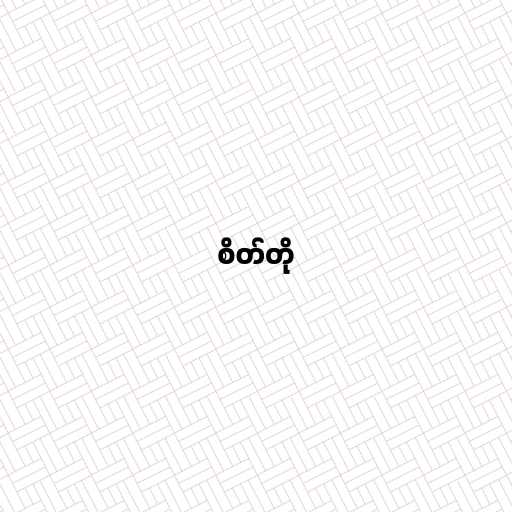
စိတ်တို